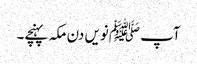
آپ ﷺنویں دن مکہ پہنچے۔